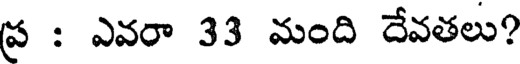
ప్ర : ఎవరా 33 మంది దేవతలు?